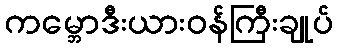
ကမ္ဘောဒီးယားဝန်ကြီးချုပ်